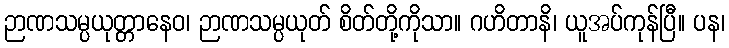
ဉာဏသမ္ပယုတ္တာနေဝ၊ ဉာဏသမ္ပယုတ် စိတ်တို့ကိုသာ။ ဂဟိတာနိ၊ ယူအပ်ကုန်ပြီ။ ပန၊